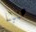
هنيئا